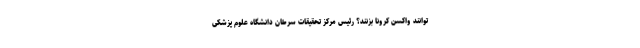
توانند واکسن کرونا بزنند؟ رئیس مرکز تحقیقات سرطان دانشگاه علوم پزشکی